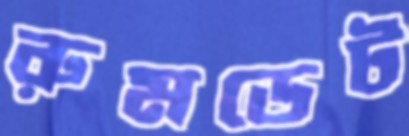
রুমডেট